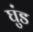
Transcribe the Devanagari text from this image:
घुंड